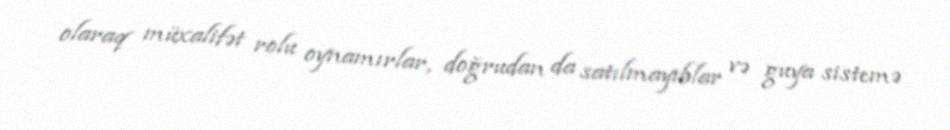
olaraq müxalifət rolu oynamırlar, doğrudan da satılmayıblar və guya sistemə